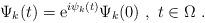
LaTeX: \begin{align*}\Psi_k (t)={\mathrm e}^{i\psi_k(t)}\Psi_k (0)\ ,\ t\in \Omega\ .\end{align*}